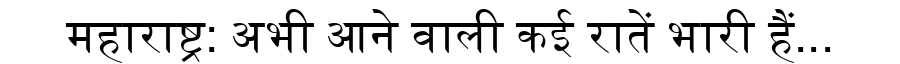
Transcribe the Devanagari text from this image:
महाराष्ट्र: अभी आने वाली कई रातें भारी हैं...